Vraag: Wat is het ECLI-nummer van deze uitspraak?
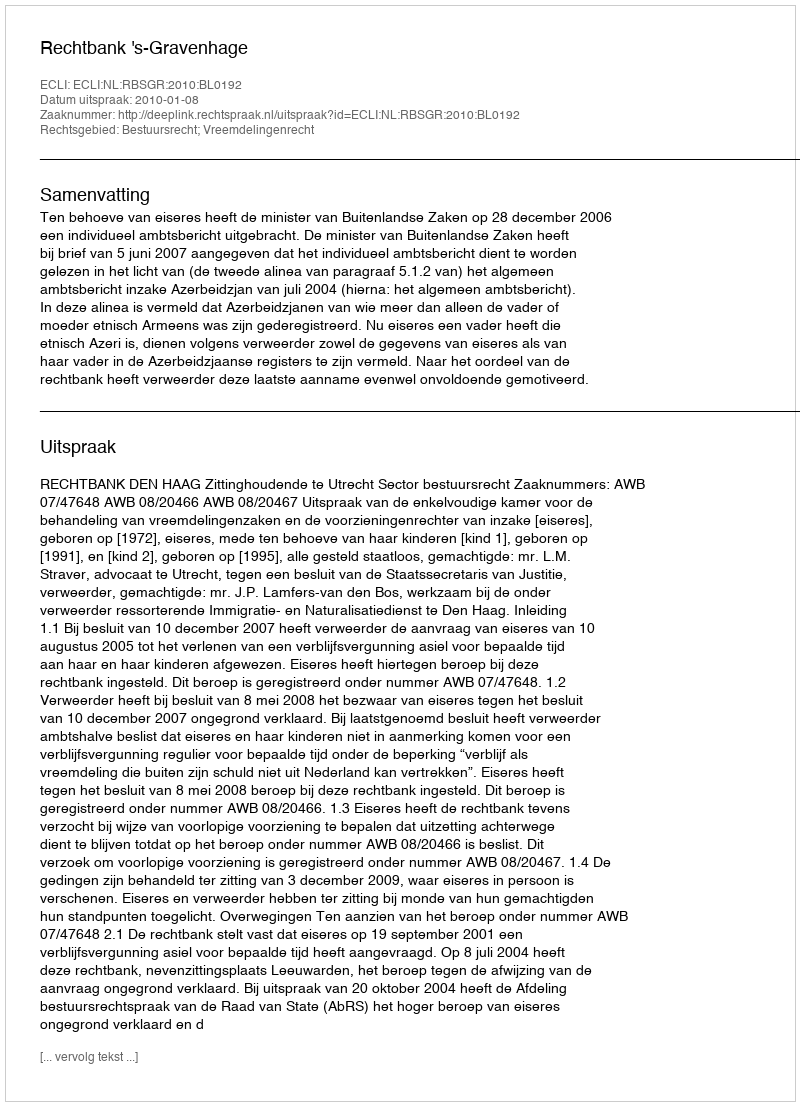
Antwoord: ECLI:NL:RBSGR:2010:BL0192